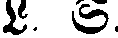
L. S.